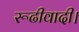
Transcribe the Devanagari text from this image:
रूढीवादी।